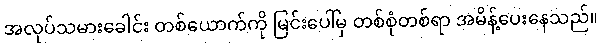
အလုပ်သမားခေါင်း တစ်ယောက်ကို မြင်းပေါ်မှ တစ်စုံတစ်ရာ အမိန့်ပေးနေသည်။